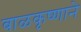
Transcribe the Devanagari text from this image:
बाळकृष्णाने